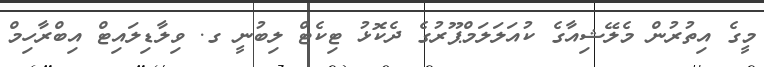
މީގެ އިތުރުން މެލޭޝިއާގެ ކުއަލަލަމްޕޫރުގެ ދެކޮޅު ޓިކެޓް ލިބުނީ ގ. ވިލާޑިލައިޓް އިބްރާހިމް